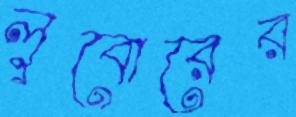
লুবোরের